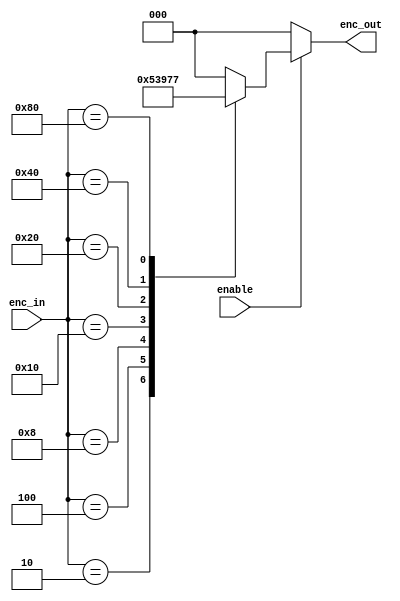
module encoder(enc_in, enc_out, enable);

input [7:0] enc_in;
input enable;
output [2:0] enc_out;

reg [2:0] enc_out;

always @(enable or enc_in)
    begin
        enc_out = 0;
        if(enable) begin 
            case (enc_in)
                1: enc_out = 0;
                2: enc_out = 1;
                4: enc_out = 2;
                8: enc_out = 3;
                16: enc_out = 4;
                32: enc_out = 5;
                64: enc_out = 6;
                128: enc_out = 7;
            endcase
        end
    end
endmodule